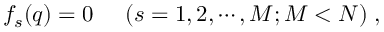
f _ { s } ( q ) = 0 \; \; \; \; \; ( s = 1 , 2 , \cdots , M ; M < N ) \; ,